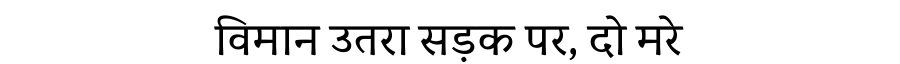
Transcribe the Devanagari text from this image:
विमान उतरा सड़क पर, दो मरे